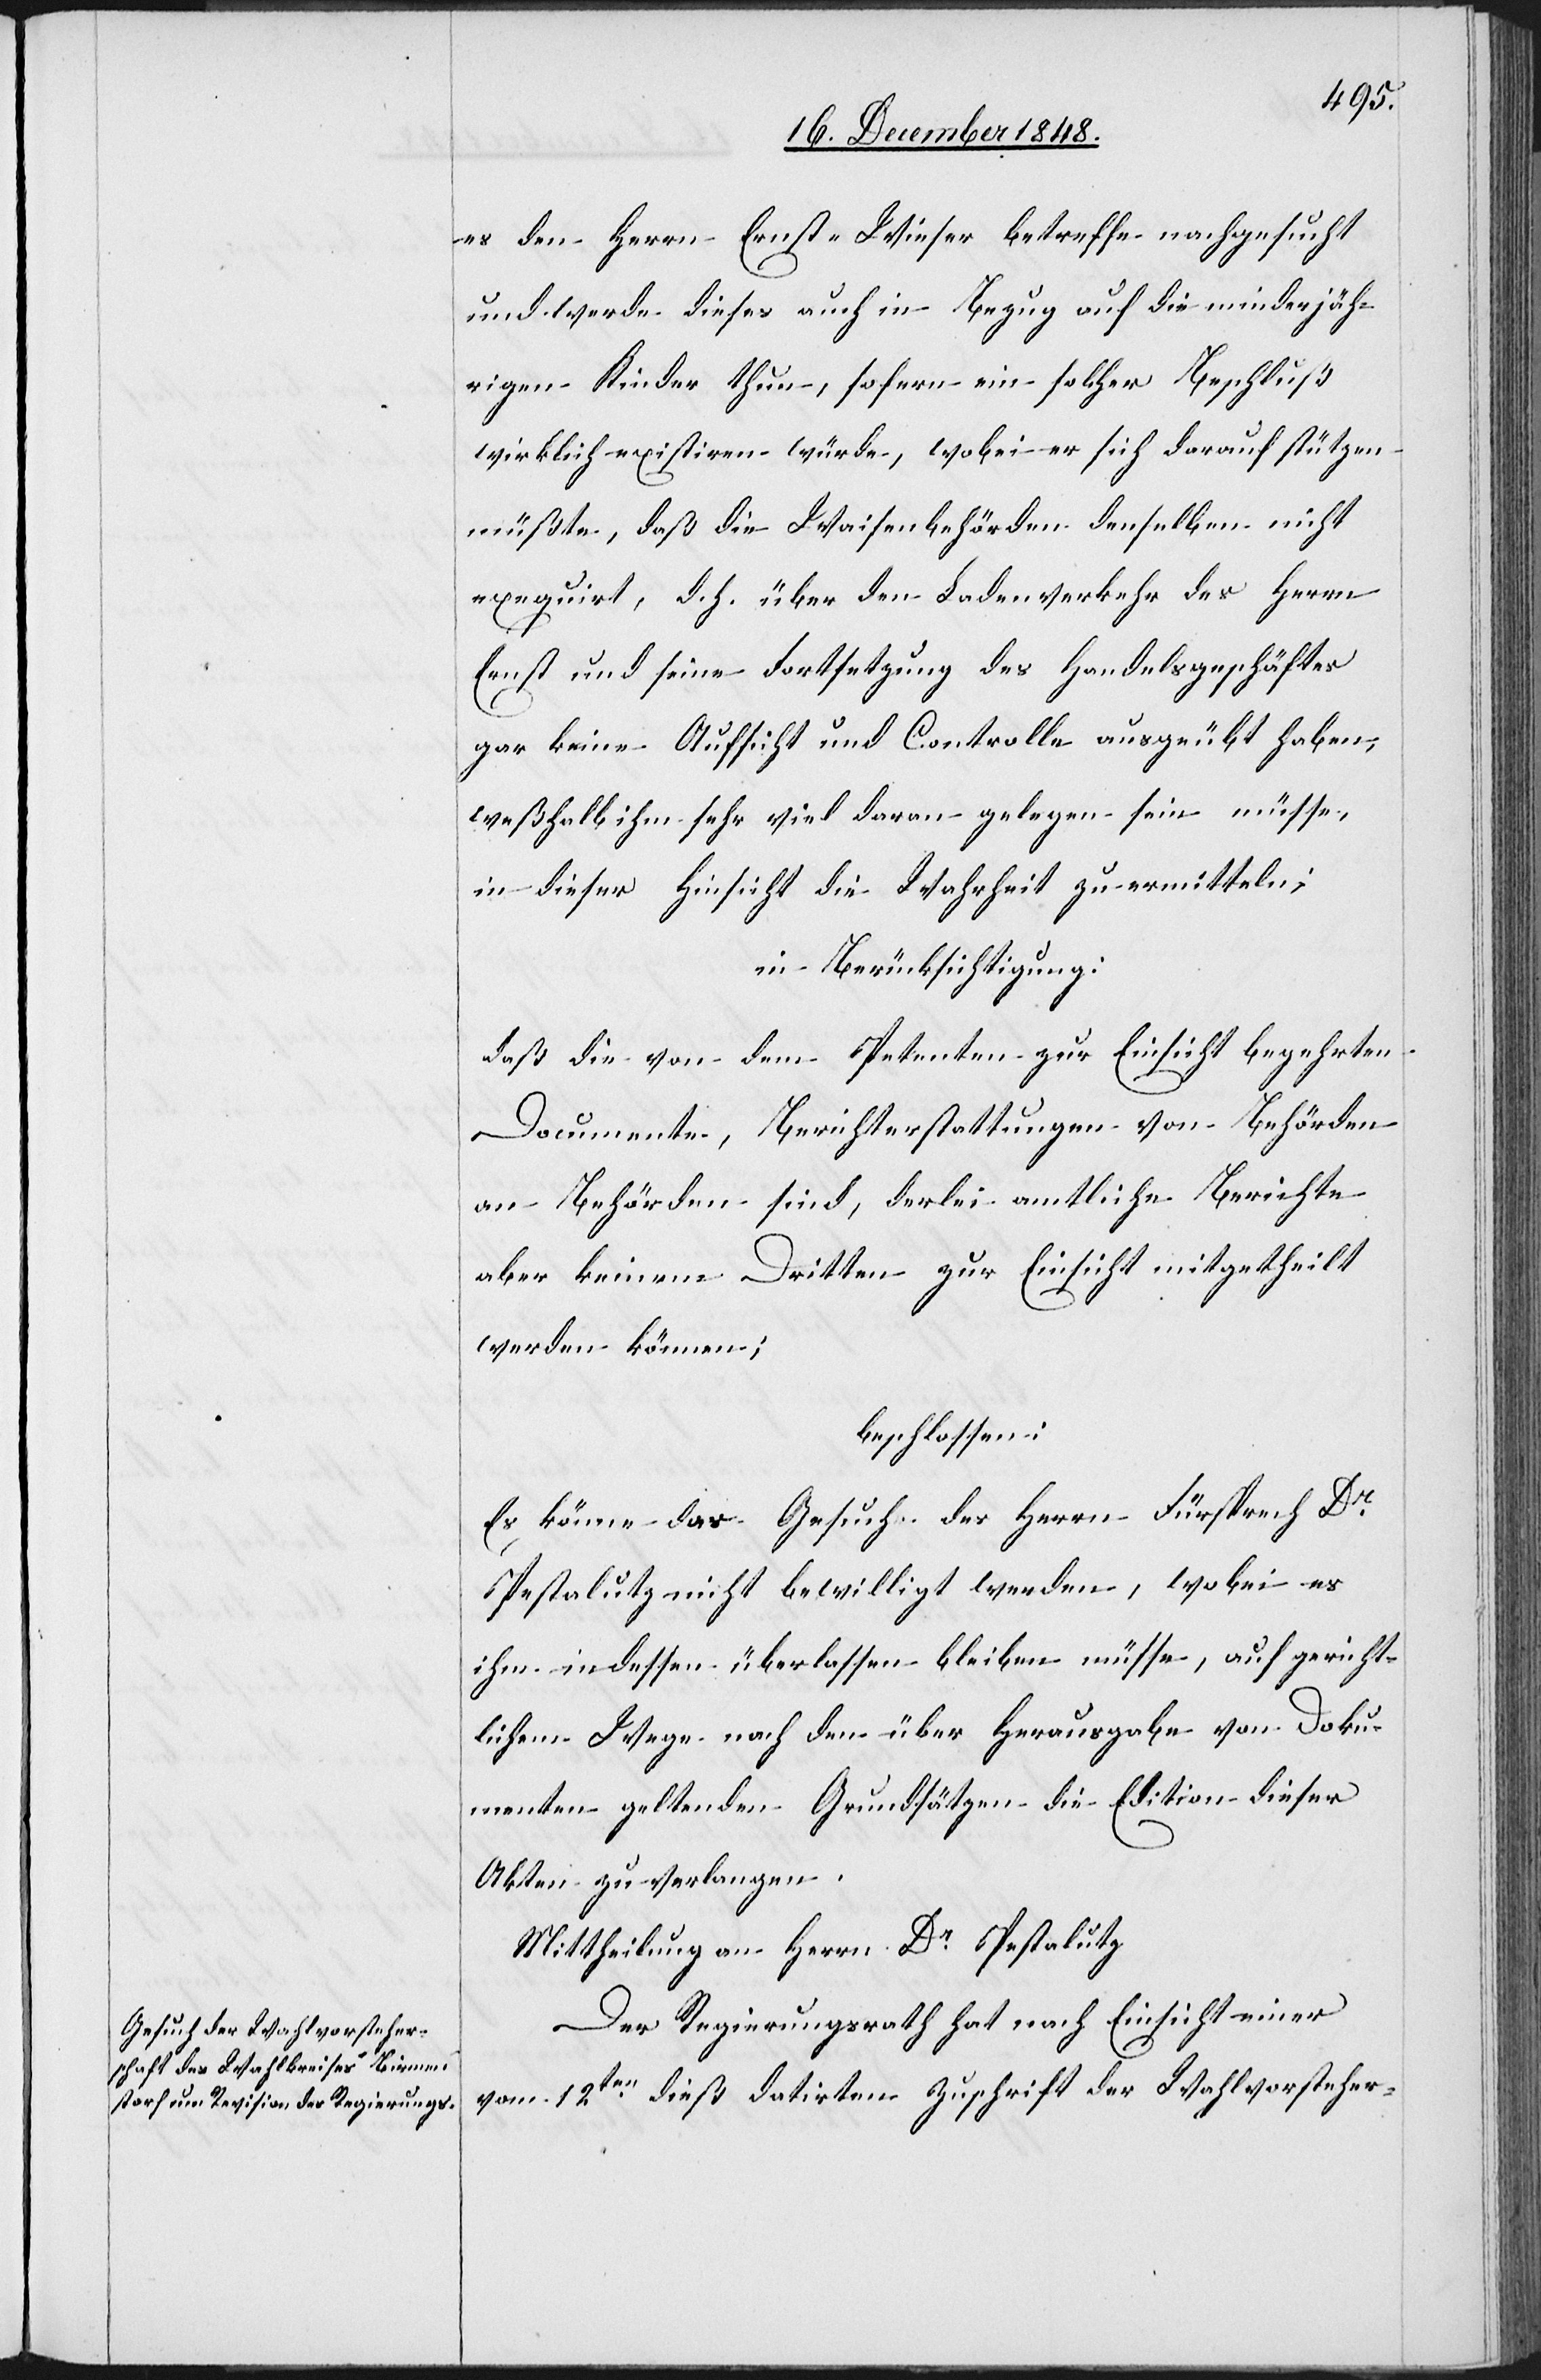
es den Herrn Ernst-Wieser betreffe nachgesucht
und werde dieses auch in Bezug auf die minderjäh¬
rigen Kinder thun, sofern ein solcher Beschluß
wirklich existiren würde, wobei er sich darauf stützen
müßte, daß die Waisenbehörden denselben nicht
exequirt, d. h. über den Ladenverkehr des Herrn
Ernst und seine Fortsetzung des Handelsgeschäftes
gar keine Aufsicht und Controlle ausgeübt haben,
weßhalb ihm sehr viel daran gelegen sein müsse,
in dieser Hinsicht die Wahrheit zu ermitteln;
in Berücksichtigung:
daß die von dem Petenten zur Einsicht begehrten
Documente, Berichterstattungen von Behörden
an Behörden sind, derlei amtliche Berichte
aber keinem Dritten zur Einsicht mitgetheilt
werden können;
beschlossen:
Es könne das Gesuch des Herrn Fürsprech Dr
Pestalutz nicht bewilligt werden, wobei es
ihm indessen überlassen bleiben müsse, auf gericht¬
lichem Wege nach den über Herausgabe von Doku¬
menten geltenden Grundsätzen die Edition dieser
Akten zu verlangen.
Mittheilung an Herrn Dr Pestalutz.
Der Regierungsrath hat nach Einsicht einer
vom 12ten dieß datirten Zuschrift der Wahlvorsteher-